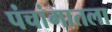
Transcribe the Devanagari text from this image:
पंचांगातला